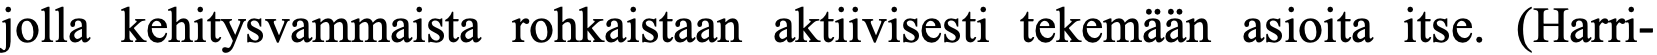
jolla kehitysvammaista rohkaistaan aktiivisesti tekemään asioita itse. (Harri-